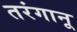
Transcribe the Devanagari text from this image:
तरंगानू